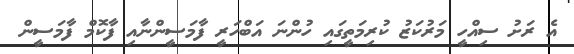
އެ ރަށު ސިއްހީ މަރުކަޒު ކުރިމަތީގައި ހުންނަ އަބްހަރީ ފާމަސީންނާއި ފާކޮމް ފާމަސީން